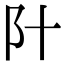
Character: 䦹